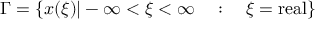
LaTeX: \Gamma = \{ x ( \xi ) | - \infty < \xi < \infty \ \ \ : \ \ \ \xi = \mathrm { r e a l } \}